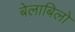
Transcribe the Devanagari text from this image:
बेलाबिलो